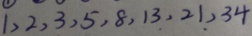
1 , 2 , 3 , 5 , 8 , 1 3 , 2 1 , 3 4